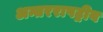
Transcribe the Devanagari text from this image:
अन्तरराषट्रीय